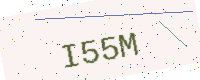
Text: I55M